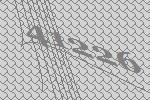
41226